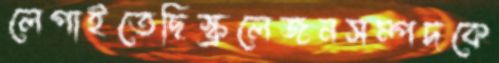
লেপাইতেছিস্ক্রলেজনসম্পদকে